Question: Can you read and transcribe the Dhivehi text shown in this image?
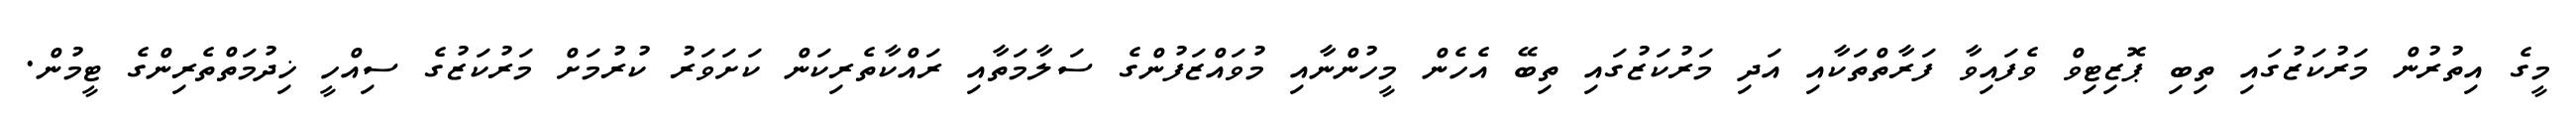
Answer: މީގެ އިތުރުން މަރުކަޒުގައި ތިބި ޕޮޒިޓިވް ވެފައިވާ ފަރާތްތަކާއި އަދި މަރުކަޒުގައި ތިބޭ އެހެން މީހުންނާއި މުވައްޒަފުންގެ ސަލާމަތާއި ރައްކާތެރިކަން ކަށަވަރު ކުރުމަށް މަރުކަޒުގެ ސިއްހީ ޚިދުމަތްތެރިންގެ ޓީމުން.